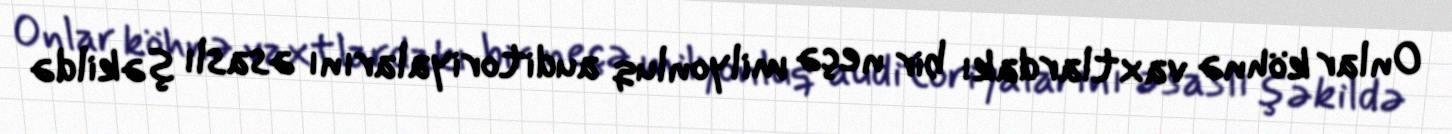
Onlar köhnə vaxtlardakı bir neçə milyonluq auditoriyalarını əsaslı şəkildə